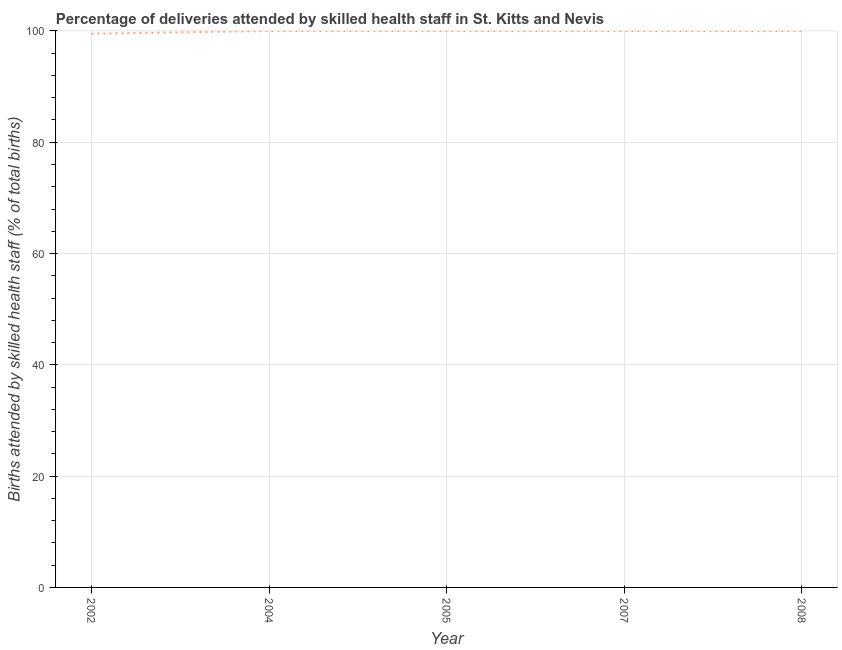
| Year | Births attended by skilled health staff |
 | --- | --- |
 | 2002 | 99.5 |
 | 2004 | 100 |
 | 2005 | 100 |
 | 2007 | 100 |
 | 2008 | 100 |